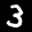
Label: 3